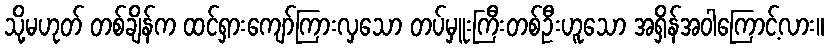
သို့မဟုတ် တစ်ချိန်က ထင်ရှားကျော်ကြားလှသော တပ်မှူးကြီးတစ်ဦးဟူသော အရှိန်အဝါကြောင့်လား။